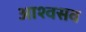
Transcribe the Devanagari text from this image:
आश्वसव